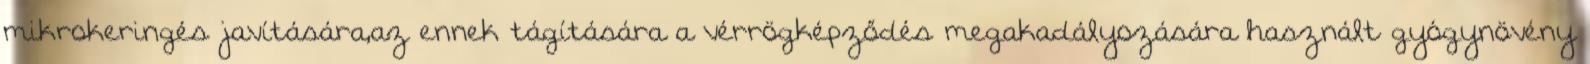
mikrokeringés javítására,az ennek tágítására a vérrögképződés megakadályozására használt gyógynövény